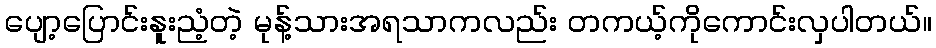
ပျော့ပြောင်းနူးညံ့တဲ့ မုန့်သားအရသာကလည်း တကယ့်ကိုကောင်းလှပါတယ်။